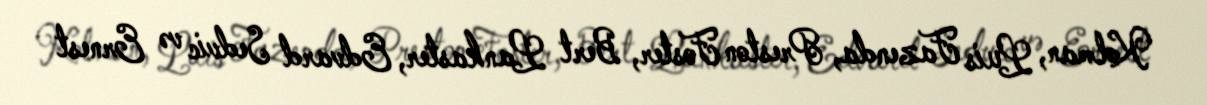
Kolman, Luis Fazenda, Preston Foster, Bert Lankaster, Edvard Sedvic və Ernest